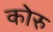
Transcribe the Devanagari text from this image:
कोरु